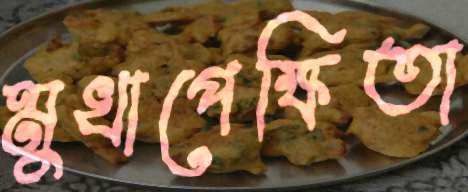
মুখাপেক্ষিতা